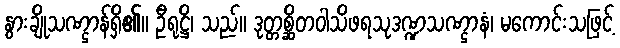
နွားချိုသဏ္ဌာန်ရှိ၏။ ဦရုဋ္ဌိ၊ သည်။ ဒုတ္တစ္ဆိတဝါသိဖရသုဒဏ္ဍသဏ္ဌာနံ၊ မကောင်းသဖြင့်